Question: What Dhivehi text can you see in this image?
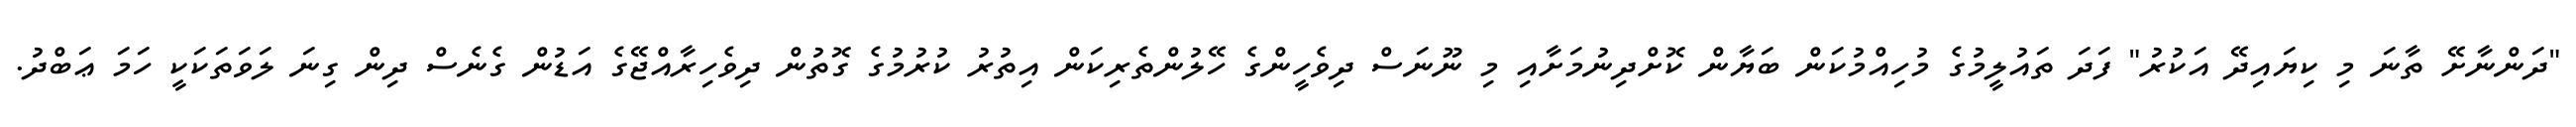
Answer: "ދަންނާށޭ ތާނަ މި ކިޔައިދޭ އަކުރު" ފަދަ ތައުލީމުގެ މުހިއްމުކަން ބަޔާން ކޮށްދިނުމަށާއި މި ނޫނަސް ދިވެހީންގެ ހޭލުންތެރިކަން އިތުރު ކުރުމުގެ ގޮތުން ދިވެހިރާއްޖޭގެ އަޑުން ގެނެސް ދިން ގިނަ ލަވަތަކަކީ ހަމަ ޢަބްދު.